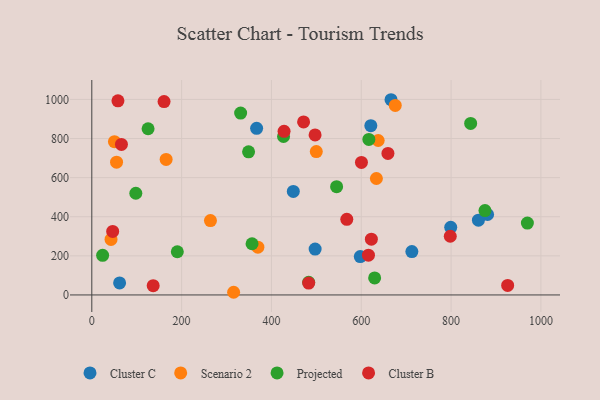
{"axis": {"x": "Price", "y": "Sales"}, "legend": ["Cluster B", "Cluster C", "Projected", "Scenario 2"], "data": [{"x": "712.7", "y": 221.8, "type": "Cluster C"}, {"x": "621.3", "y": 865.6, "type": "Cluster C"}, {"x": "799.2", "y": 346.0, "type": "Cluster C"}, {"x": "448.7", "y": 529.2, "type": "Cluster C"}, {"x": "61.9", "y": 61.4, "type": "Cluster C"}, {"x": "497.3", "y": 234.6, "type": "Cluster C"}, {"x": "597.8", "y": 196.1, "type": "Cluster C"}, {"x": "881.3", "y": 411.4, "type": "Cluster C"}, {"x": "367.0", "y": 852.2, "type": "Cluster C"}, {"x": "860.9", "y": 382.5, "type": "Cluster C"}, {"x": "666.3", "y": 998.4, "type": "Cluster C"}, {"x": "264.2", "y": 380.3, "type": "Scenario 2"}, {"x": "637.7", "y": 790.0, "type": "Scenario 2"}, {"x": "165.5", "y": 693.2, "type": "Scenario 2"}, {"x": "50.4", "y": 784.1, "type": "Scenario 2"}, {"x": "55.1", "y": 678.9, "type": "Scenario 2"}, {"x": "633.7", "y": 595.5, "type": "Scenario 2"}, {"x": "42.8", "y": 284.1, "type": "Scenario 2"}, {"x": "675.7", "y": 969.0, "type": "Scenario 2"}, {"x": "315.8", "y": 13.7, "type": "Scenario 2"}, {"x": "369.8", "y": 244.5, "type": "Scenario 2"}, {"x": "499.9", "y": 733.4, "type": "Scenario 2"}, {"x": "545.1", "y": 553.5, "type": "Projected"}, {"x": "98.0", "y": 520.2, "type": "Projected"}, {"x": "356.8", "y": 261.9, "type": "Projected"}, {"x": "331.4", "y": 930.3, "type": "Projected"}, {"x": "629.8", "y": 86.9, "type": "Projected"}, {"x": "482.9", "y": 64.9, "type": "Projected"}, {"x": "125.3", "y": 849.9, "type": "Projected"}, {"x": "426.9", "y": 810.3, "type": "Projected"}, {"x": "24.1", "y": 202.8, "type": "Projected"}, {"x": "190.4", "y": 220.9, "type": "Projected"}, {"x": "349.1", "y": 731.8, "type": "Projected"}, {"x": "875.5", "y": 431.6, "type": "Projected"}, {"x": "843.6", "y": 877.3, "type": "Projected"}, {"x": "969.9", "y": 367.7, "type": "Projected"}, {"x": "616.9", "y": 795.4, "type": "Projected"}, {"x": "497.2", "y": 818.6, "type": "Cluster B"}, {"x": "926.0", "y": 48.6, "type": "Cluster B"}, {"x": "616.0", "y": 203.2, "type": "Cluster B"}, {"x": "46.5", "y": 324.8, "type": "Cluster B"}, {"x": "567.8", "y": 386.9, "type": "Cluster B"}, {"x": "600.4", "y": 677.5, "type": "Cluster B"}, {"x": "66.0", "y": 769.8, "type": "Cluster B"}, {"x": "482.9", "y": 60.9, "type": "Cluster B"}, {"x": "659.4", "y": 723.8, "type": "Cluster B"}, {"x": "428.1", "y": 836.7, "type": "Cluster B"}, {"x": "798.2", "y": 300.3, "type": "Cluster B"}, {"x": "622.5", "y": 285.1, "type": "Cluster B"}, {"x": "58.2", "y": 992.6, "type": "Cluster B"}, {"x": "471.6", "y": 885.0, "type": "Cluster B"}, {"x": "160.9", "y": 988.8, "type": "Cluster B"}, {"x": "136.7", "y": 47.2, "type": "Cluster B"}]}